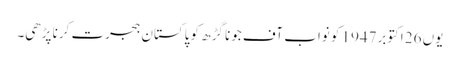
یوں 26 اکتوبر1947 کو نواب آف جونا گڑھ کو پاکستان ہجرت کرنا پڑھی۔